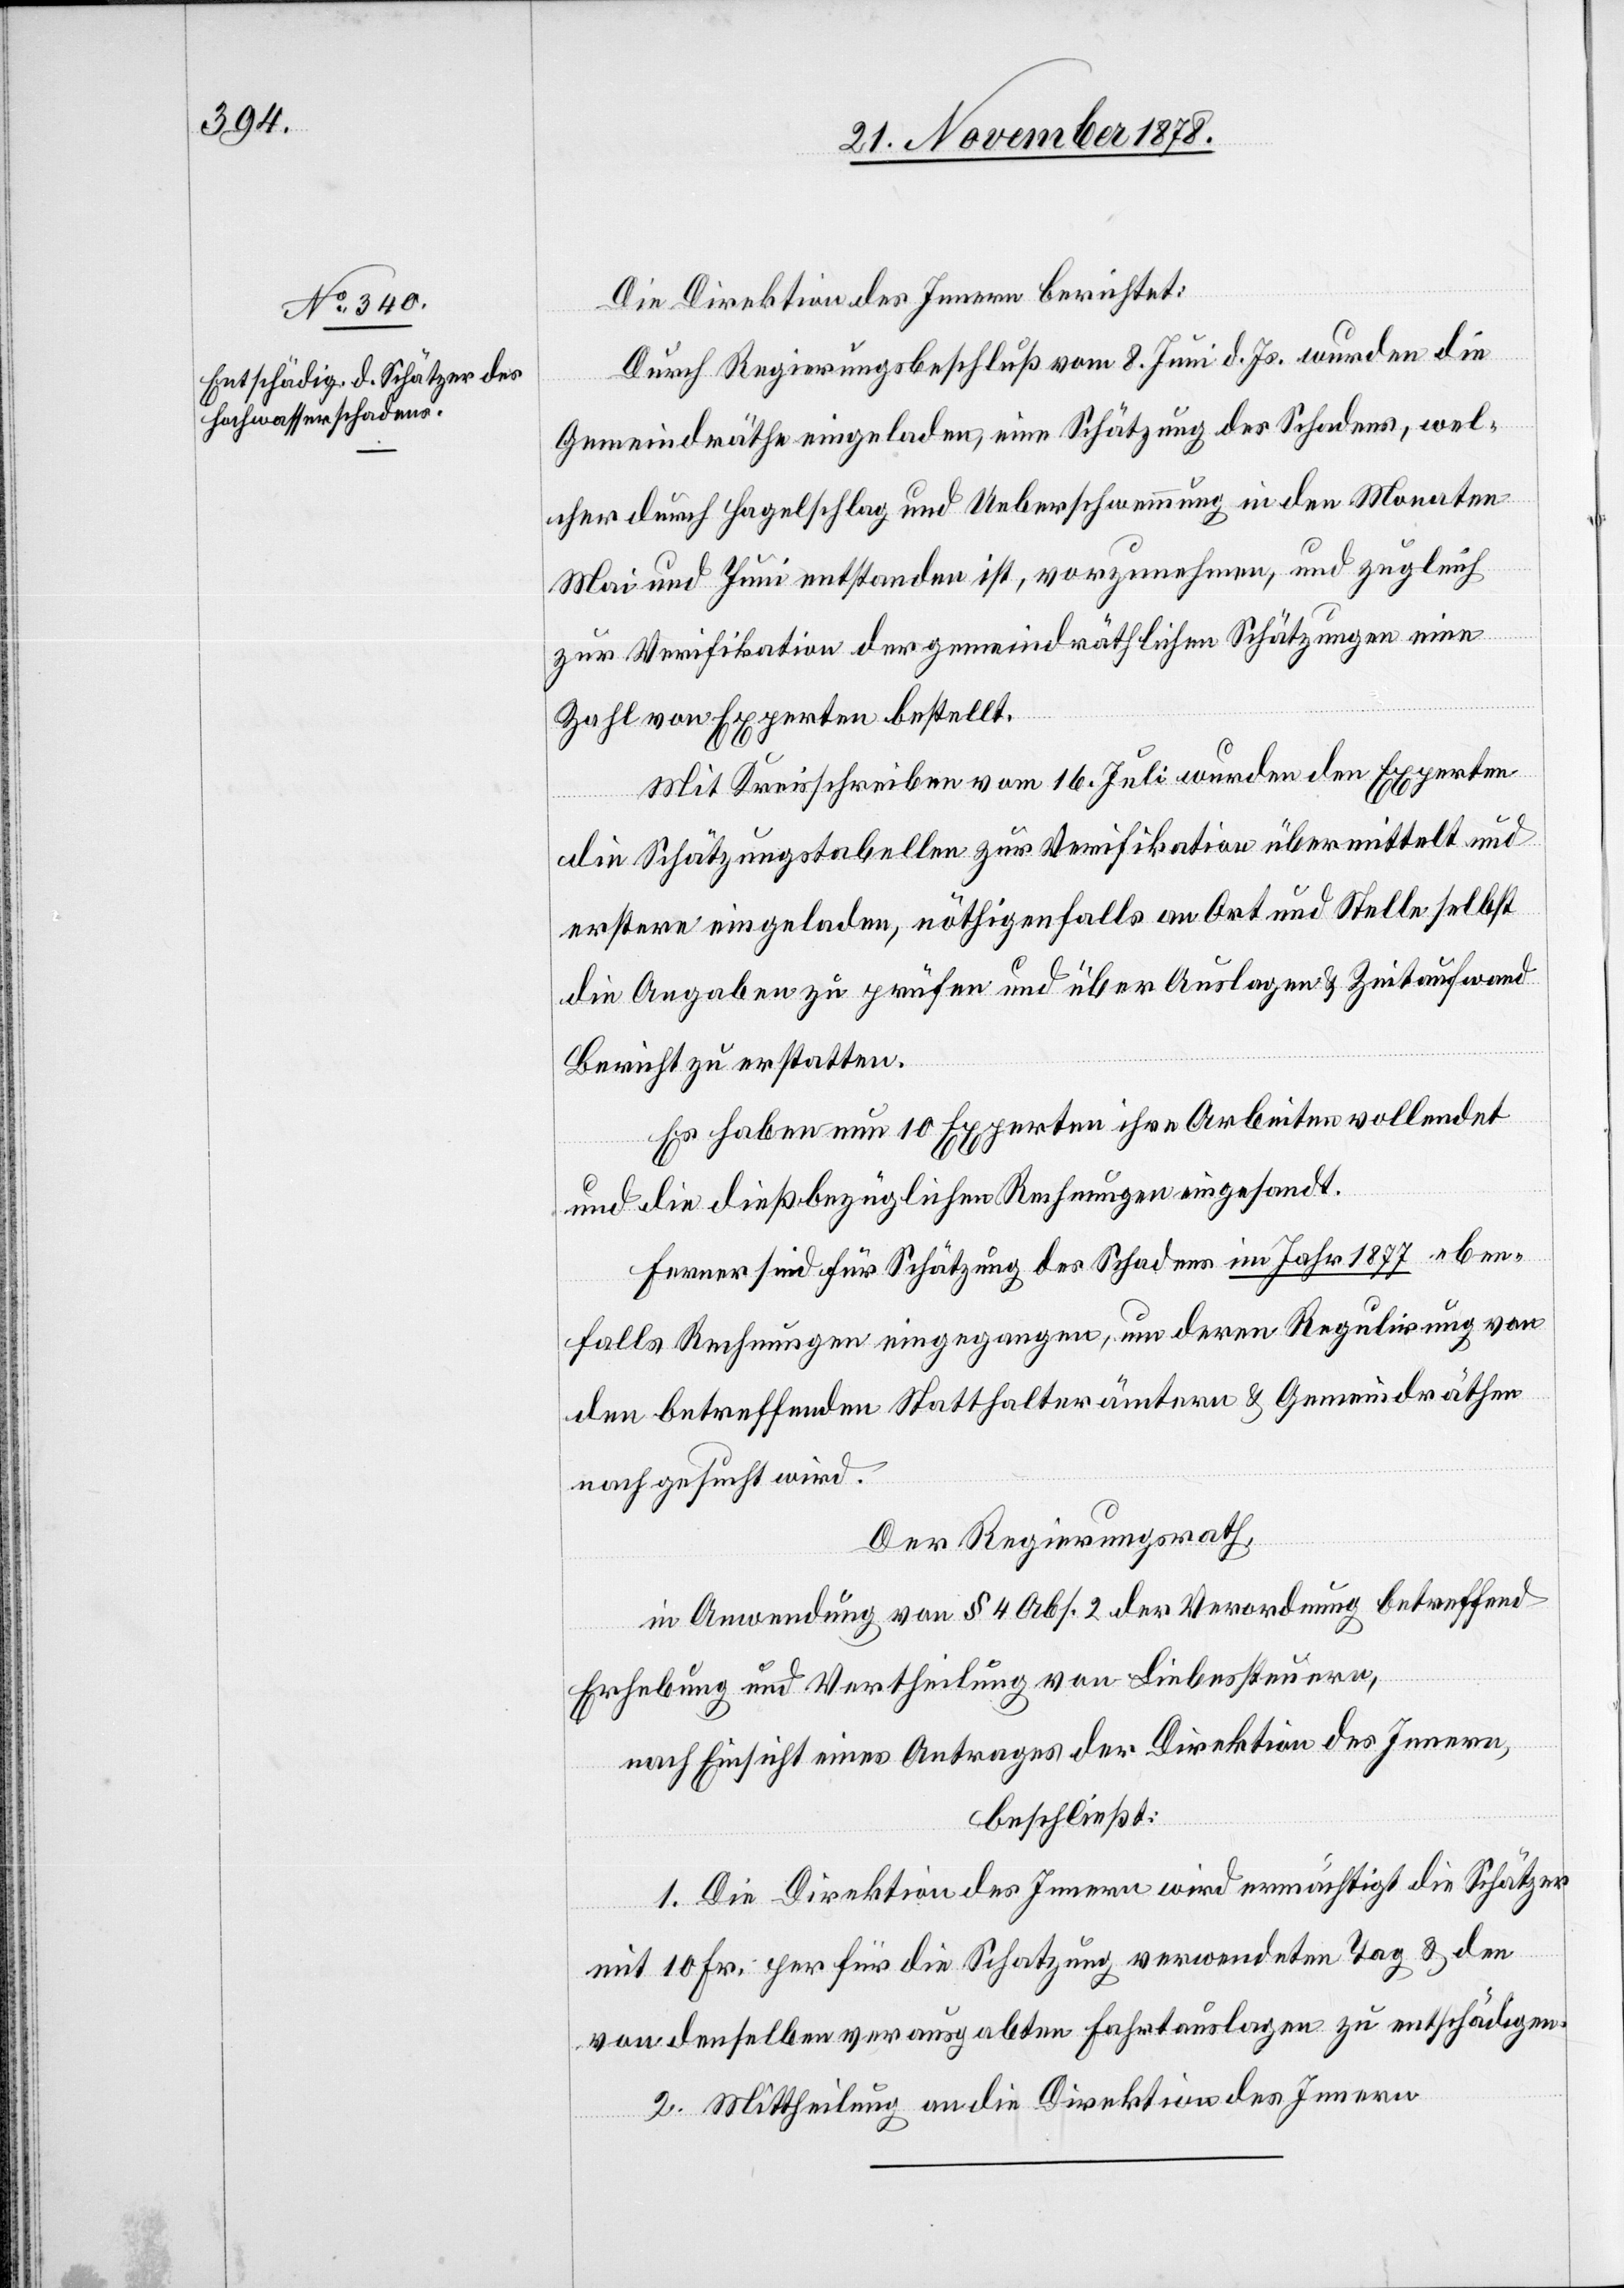
Die Direktion des Innern berichtet:
Durch Regierungsbeschluß vom 8. Juni d. Js. wurden die
Gemeindräthe eingeladen, eine Schätzung des Schadens, wel¬
cher durch Hagelschlag und Ueberschwemmung in den Monaten
Mai und Juni entstanden ist, vorzunehmen, und zugleich
zur Verifikation der gemeindräthlichen Schätzungen eine
Zahl von Experten bestellt.
Mit Kreisschreiben vom 16. Juli wurden den Experten
die Schätzungstabellen zur Verifikation übermittelt und
erstere eingeladen, nöthigenfalls an Ort und Stelle selbst
die Angaben zu prüfen und über Auslagen & Zeitaufwand
Bericht zu erstatten.
Es haben nun 10 Experten ihre Arbeiten vollendet
und die dießbezüglichen Rechnungen eingesandt.
Ferner sind für Schätzung des Schadens im Jahr 1877 eben¬
falls Rechnungen eingegangen, um deren Regulirung von
den betreffenden Statthalterämtern & Gemeindräthen
nachgesucht wird.
Der Regierungsrath,
in Anwendung von § 4 Abs. 2 der Verordnung betreffend
Erhebung und Vertheilung von Liebessteuern,
nach Einsicht eines Antrages der Direktion des Innern,
beschließt:
1. Die Direktion des Innern wird ermächtigt die Schätzer
mit 10 Fr. per für die Schatzung verwendeten Tag & den
von denselben verausgabten Fahrtauslagen zu entschädigen.
2. Mittheilung an die Direktion des Innern.